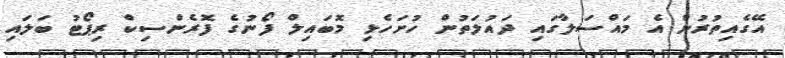
އޭގެއިތުރުން އެ މައްސަލާގައި ދައުލަތުން ހުށަހެޅި މޮބައިލް ފޯނުގެ ފޮރެންސިކް ރިޕޯޓު ބަލައި